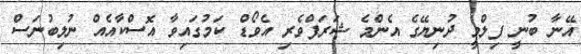
އޭނާ ބުނީ ފިލްމީ ދުނިޔޭގެ އެންމެ ޝަރަފްވެރި އެވޯޑް ކަމުގައިވާ އޮސްކާއެއް ނުލިބުނަސް